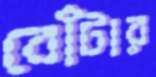
বোঁটার